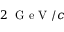
2 ~ \mathrm { ~ G ~ e ~ V ~ } / c